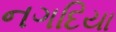
નગદિયા